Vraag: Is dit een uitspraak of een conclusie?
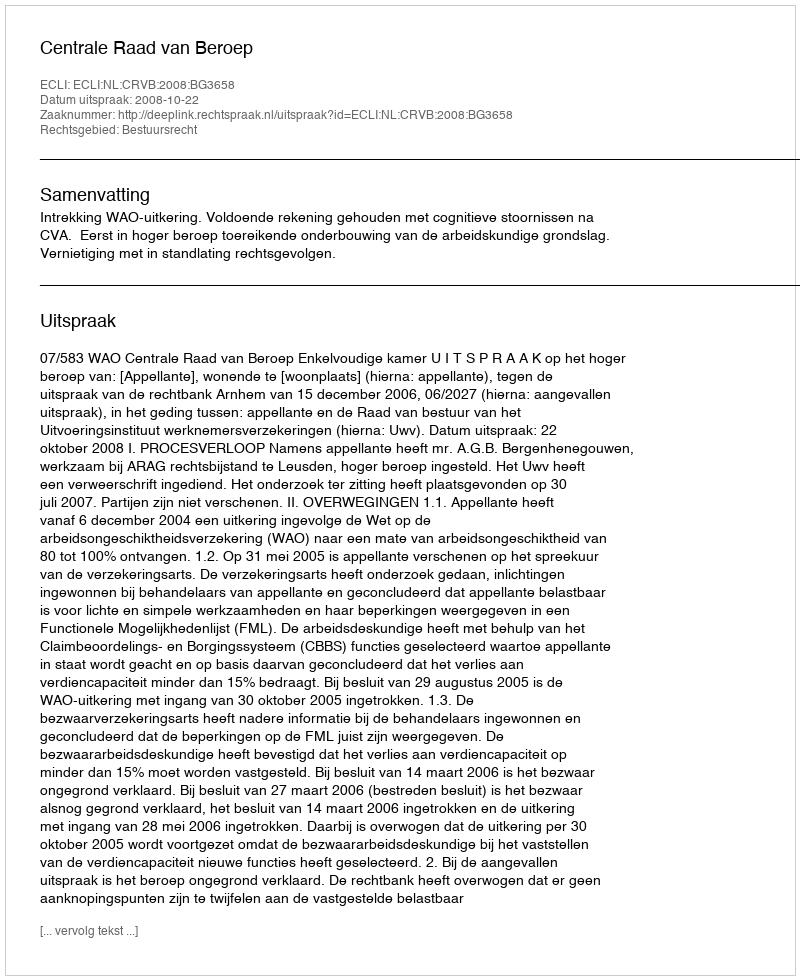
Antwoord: Uitspraak